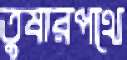
তুষারপথে